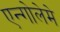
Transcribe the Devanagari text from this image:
एन्गोलेमे